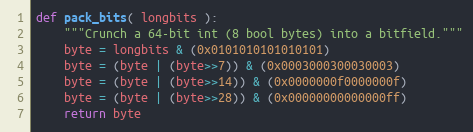
Language: Python
def pack_bits( longbits ):
    """Crunch a 64-bit int (8 bool bytes) into a bitfield."""
    byte = longbits & (0x0101010101010101)
    byte = (byte | (byte>>7)) & (0x0003000300030003)
    byte = (byte | (byte>>14)) & (0x0000000f0000000f)
    byte = (byte | (byte>>28)) & (0x00000000000000ff)
    return byte